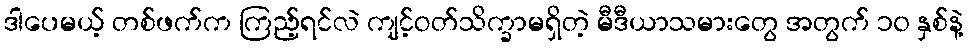
ဒါပေမယ့် တစ်ဖက်က ကြည့်ရင်လဲ ကျင့်ဝတ်သိက္ခာမရှိတဲ့ မီဒီယာသမားတွေ အတွက် ၁၀ နှစ်နဲ့